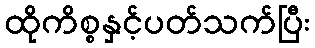
ထိုကိစ္စနှင့်ပတ်သက်ပြီး